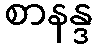
စာနန္ဒ